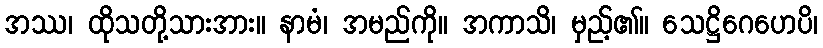
အဿ၊ ထိုသတို့သားအား။ နာမံ၊ အမည်ကို။ အကာသိ၊ မှည့်၏။ သေဋ္ဌိဂေဟေပိ၊